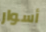
أسوار